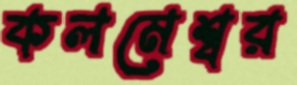
কলমেশ্বর